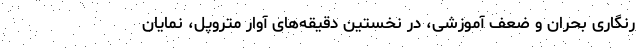
رنگاری بحران و ضعف آموزشی، در نخستین دقیقه‌های آوار متروپل، نمایان